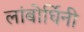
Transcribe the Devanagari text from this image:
लांबोर्घिनी